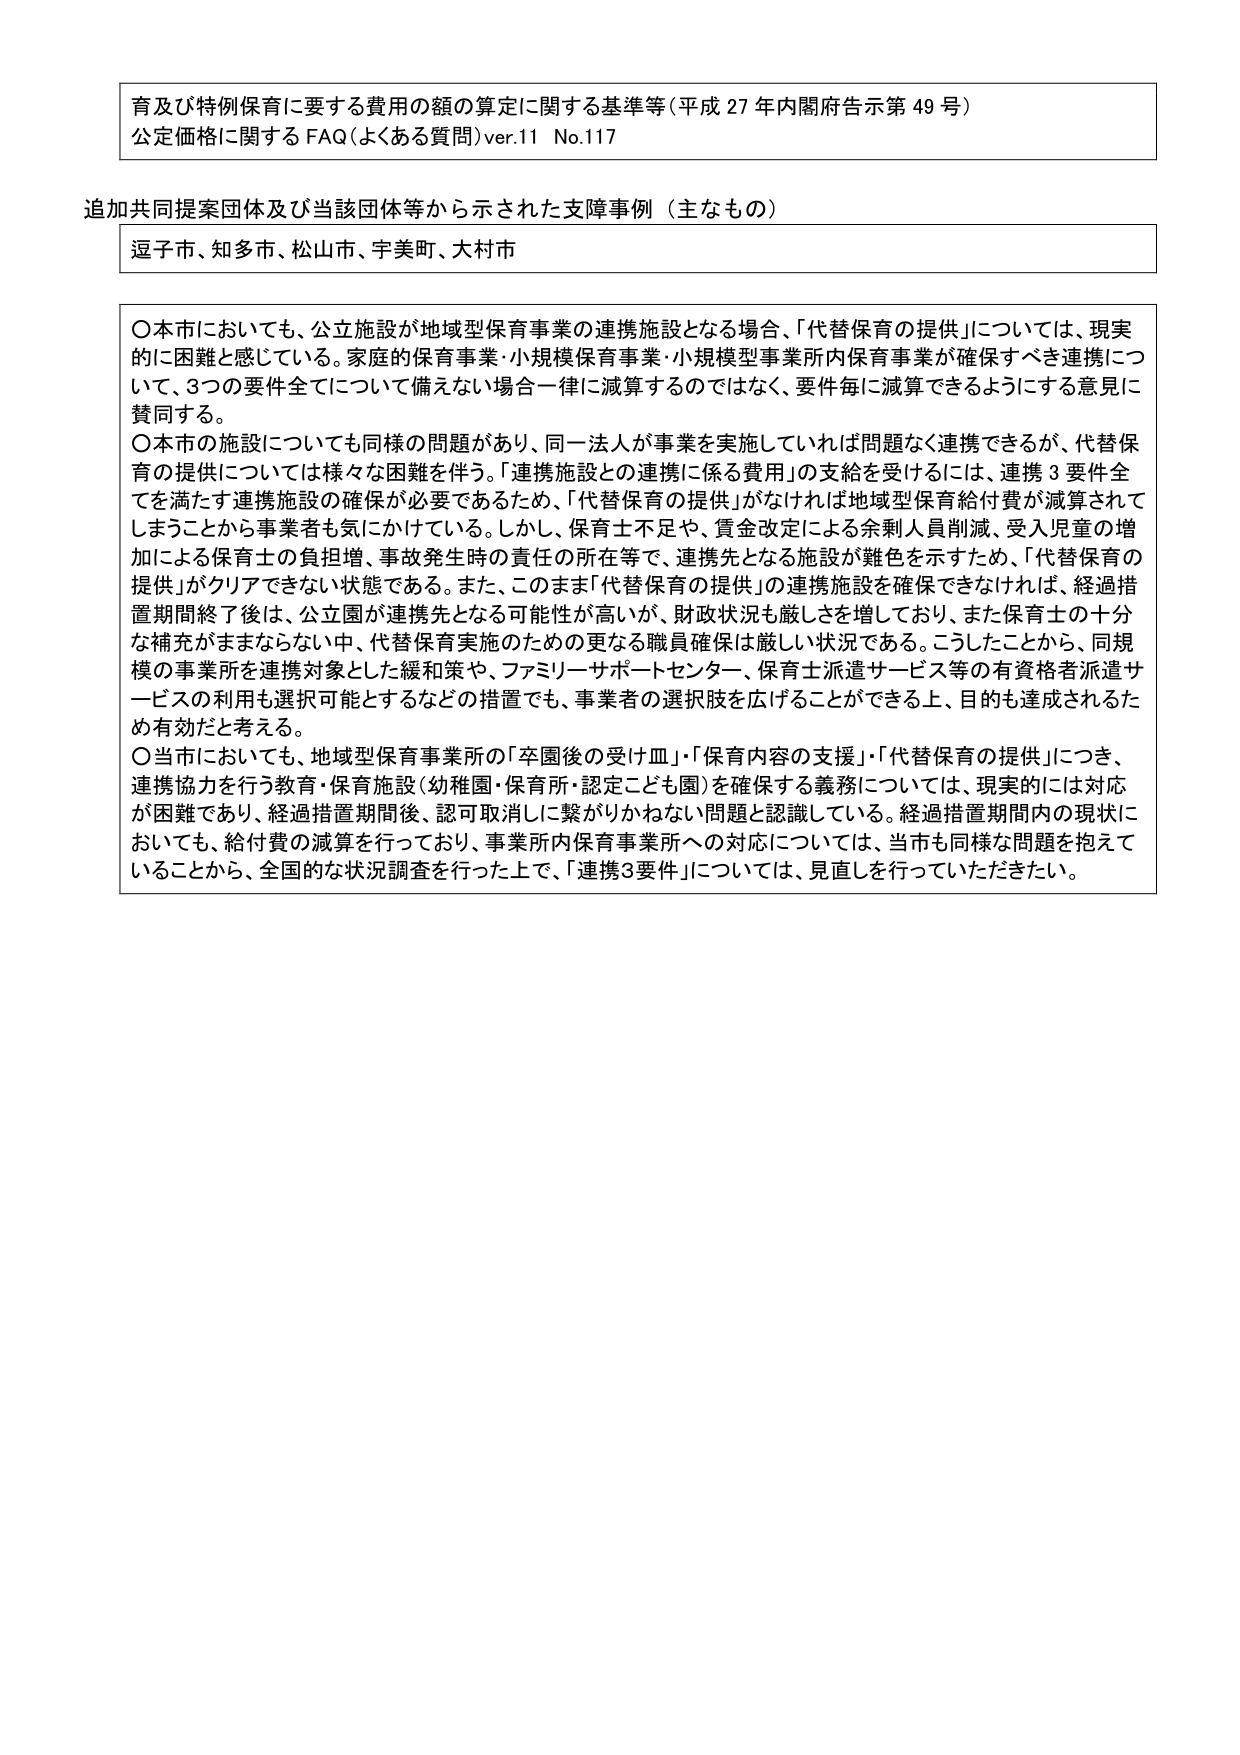
育及び特例保育に要する費用の額の算定に関する基準等（平成27年内閣府告示第49号）
公定価格に関するFAQ（よくある質問）ver.11 No.117

追加共同提案団体及び当該団体等から示された支援事例（主なもの）
逗子市、知多市、松山市、宇美町、大村市

〇本市においても、公立施設が地域型保育事業の連携施設となる場合、「代替保育の提供」については、現実的に困難と感じている。家庭的保育事業・小規模保育事業・小規模型事業所内保育事業が確保すべき連携について、3つの要件全てについて備えない場合一律に減算するのではなく、要件毎に減算できるようにする意見に賛同する。
〇本市の施設についても同様の問題があり、同一法人が事業を実施していれば問題なく連携できるが、代替保育の提供については様々な困難を伴う。「連携施設との連携に係る費用」の支給を受けるには、連携3要件全てを満たす連携施設の確保が必要であるため、「代替保育の提供」がなければ地域型保育給付費が減算されてしまうことから事業者も気にかけている。しかし、保育士不足や、賃金改定による余剰人員削減、受入児童の増加による保育士の負担増、事故発生時の責任の所在等で、連携先となる施設が難色を示すため、「代替保育の提供」がクリアできない状態である。また、このまま「代替保育の提供」の連携施設を確保できなければ、経過措置期間終了後は、公立園が連携先となる可能性が高いが、財政状況も厳しさを増しており、また保育士の十分な補充がままならない中、代替保育実施のための更なる職員確保は厳しい状況である。こうしたことから、同規模の事業所を連携対象とした緩和策や、ファミリーサポートセンター、保育士派遣サービス等の有資格者派遣サービスの利用も選択可能とするなどの措置でも、事業者の選択肢を広げることができる上、目的も達成されるため有効だと考える。
〇当市においても、地域型保育事業所の「卒園後の受け皿」・「保育内容の支援」・「代替保育の提供」につき、連携協力を行う教育・保育施設（幼稚園・保育所・認定こども園）を確保する義務については、現実的には対応が困難であり、経過措置期間後、認可取消しに繋がりかねない問題と認識している。経過措置期間内の現状においても、給付費の減算を行っており、事業所内保育事業所への対応については、当市も同様な問題を抱えていることから、全国的な状況調査を行った上で、「連携3要件」については、見直しを行っていただきたい。